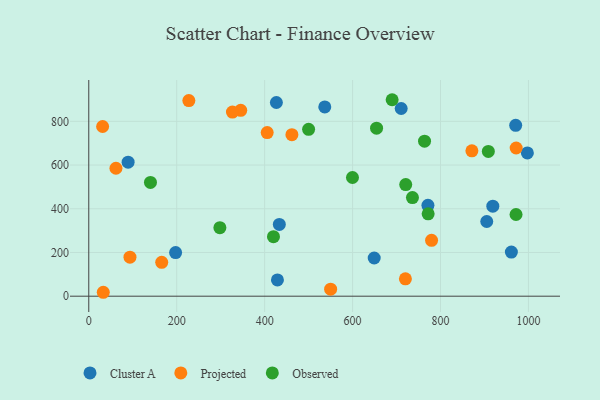
{"axis": {"x": "Distance", "y": "Exam Score"}, "legend": ["Cluster A", "Observed", "Projected"], "data": [{"x": "536.8", "y": 865.8, "type": "Cluster A"}, {"x": "961.2", "y": 201.7, "type": "Cluster A"}, {"x": "971.0", "y": 781.5, "type": "Cluster A"}, {"x": "997.6", "y": 655.5, "type": "Cluster A"}, {"x": "919.0", "y": 411.9, "type": "Cluster A"}, {"x": "433.4", "y": 328.3, "type": "Cluster A"}, {"x": "197.5", "y": 199.7, "type": "Cluster A"}, {"x": "426.7", "y": 886.1, "type": "Cluster A"}, {"x": "649.2", "y": 174.6, "type": "Cluster A"}, {"x": "710.6", "y": 858.6, "type": "Cluster A"}, {"x": "429.1", "y": 74.3, "type": "Cluster A"}, {"x": "771.4", "y": 415.7, "type": "Cluster A"}, {"x": "89.5", "y": 613.1, "type": "Cluster A"}, {"x": "905.2", "y": 341.6, "type": "Cluster A"}, {"x": "33.0", "y": 17.9, "type": "Projected"}, {"x": "972.1", "y": 677.9, "type": "Projected"}, {"x": "93.7", "y": 178.6, "type": "Projected"}, {"x": "550.1", "y": 32.2, "type": "Projected"}, {"x": "227.6", "y": 895.1, "type": "Projected"}, {"x": "61.8", "y": 585.4, "type": "Projected"}, {"x": "871.4", "y": 665.0, "type": "Projected"}, {"x": "165.9", "y": 154.9, "type": "Projected"}, {"x": "31.5", "y": 776.2, "type": "Projected"}, {"x": "345.6", "y": 850.4, "type": "Projected"}, {"x": "720.2", "y": 79.6, "type": "Projected"}, {"x": "405.8", "y": 748.5, "type": "Projected"}, {"x": "779.7", "y": 255.4, "type": "Projected"}, {"x": "326.8", "y": 842.1, "type": "Projected"}, {"x": "462.0", "y": 738.9, "type": "Projected"}, {"x": "763.7", "y": 709.0, "type": "Observed"}, {"x": "599.8", "y": 543.1, "type": "Observed"}, {"x": "908.8", "y": 662.3, "type": "Observed"}, {"x": "771.9", "y": 377.0, "type": "Observed"}, {"x": "654.6", "y": 768.6, "type": "Observed"}, {"x": "971.8", "y": 373.7, "type": "Observed"}, {"x": "690.0", "y": 898.8, "type": "Observed"}, {"x": "720.9", "y": 510.4, "type": "Observed"}, {"x": "420.1", "y": 272.1, "type": "Observed"}, {"x": "140.3", "y": 520.6, "type": "Observed"}, {"x": "736.2", "y": 451.0, "type": "Observed"}, {"x": "500.0", "y": 763.2, "type": "Observed"}, {"x": "298.2", "y": 313.5, "type": "Observed"}]}